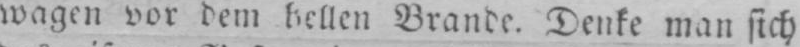
wagen vor dem hellen Brande. Denke man sich